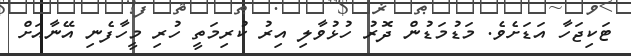
ޓަކިޖަހާ އަޑަށެވެ. މަޑުމަޑުން ދޮރު ހުޅުވާލި އިރު ކުރިމަތީ ހުރި މީހާފެނި އޭނާއަށް